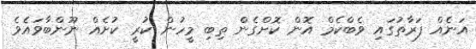
އަނެއް ފަރާތުގައި ވެބްކެމް އޮން ކޮށްގެން ތިބި މީހުން ކުރީ ކުށެއް ނޫންބާވައެވެ